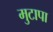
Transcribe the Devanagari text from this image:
मुटापा